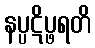
နပ္ပဋိပ္ဖရတိ